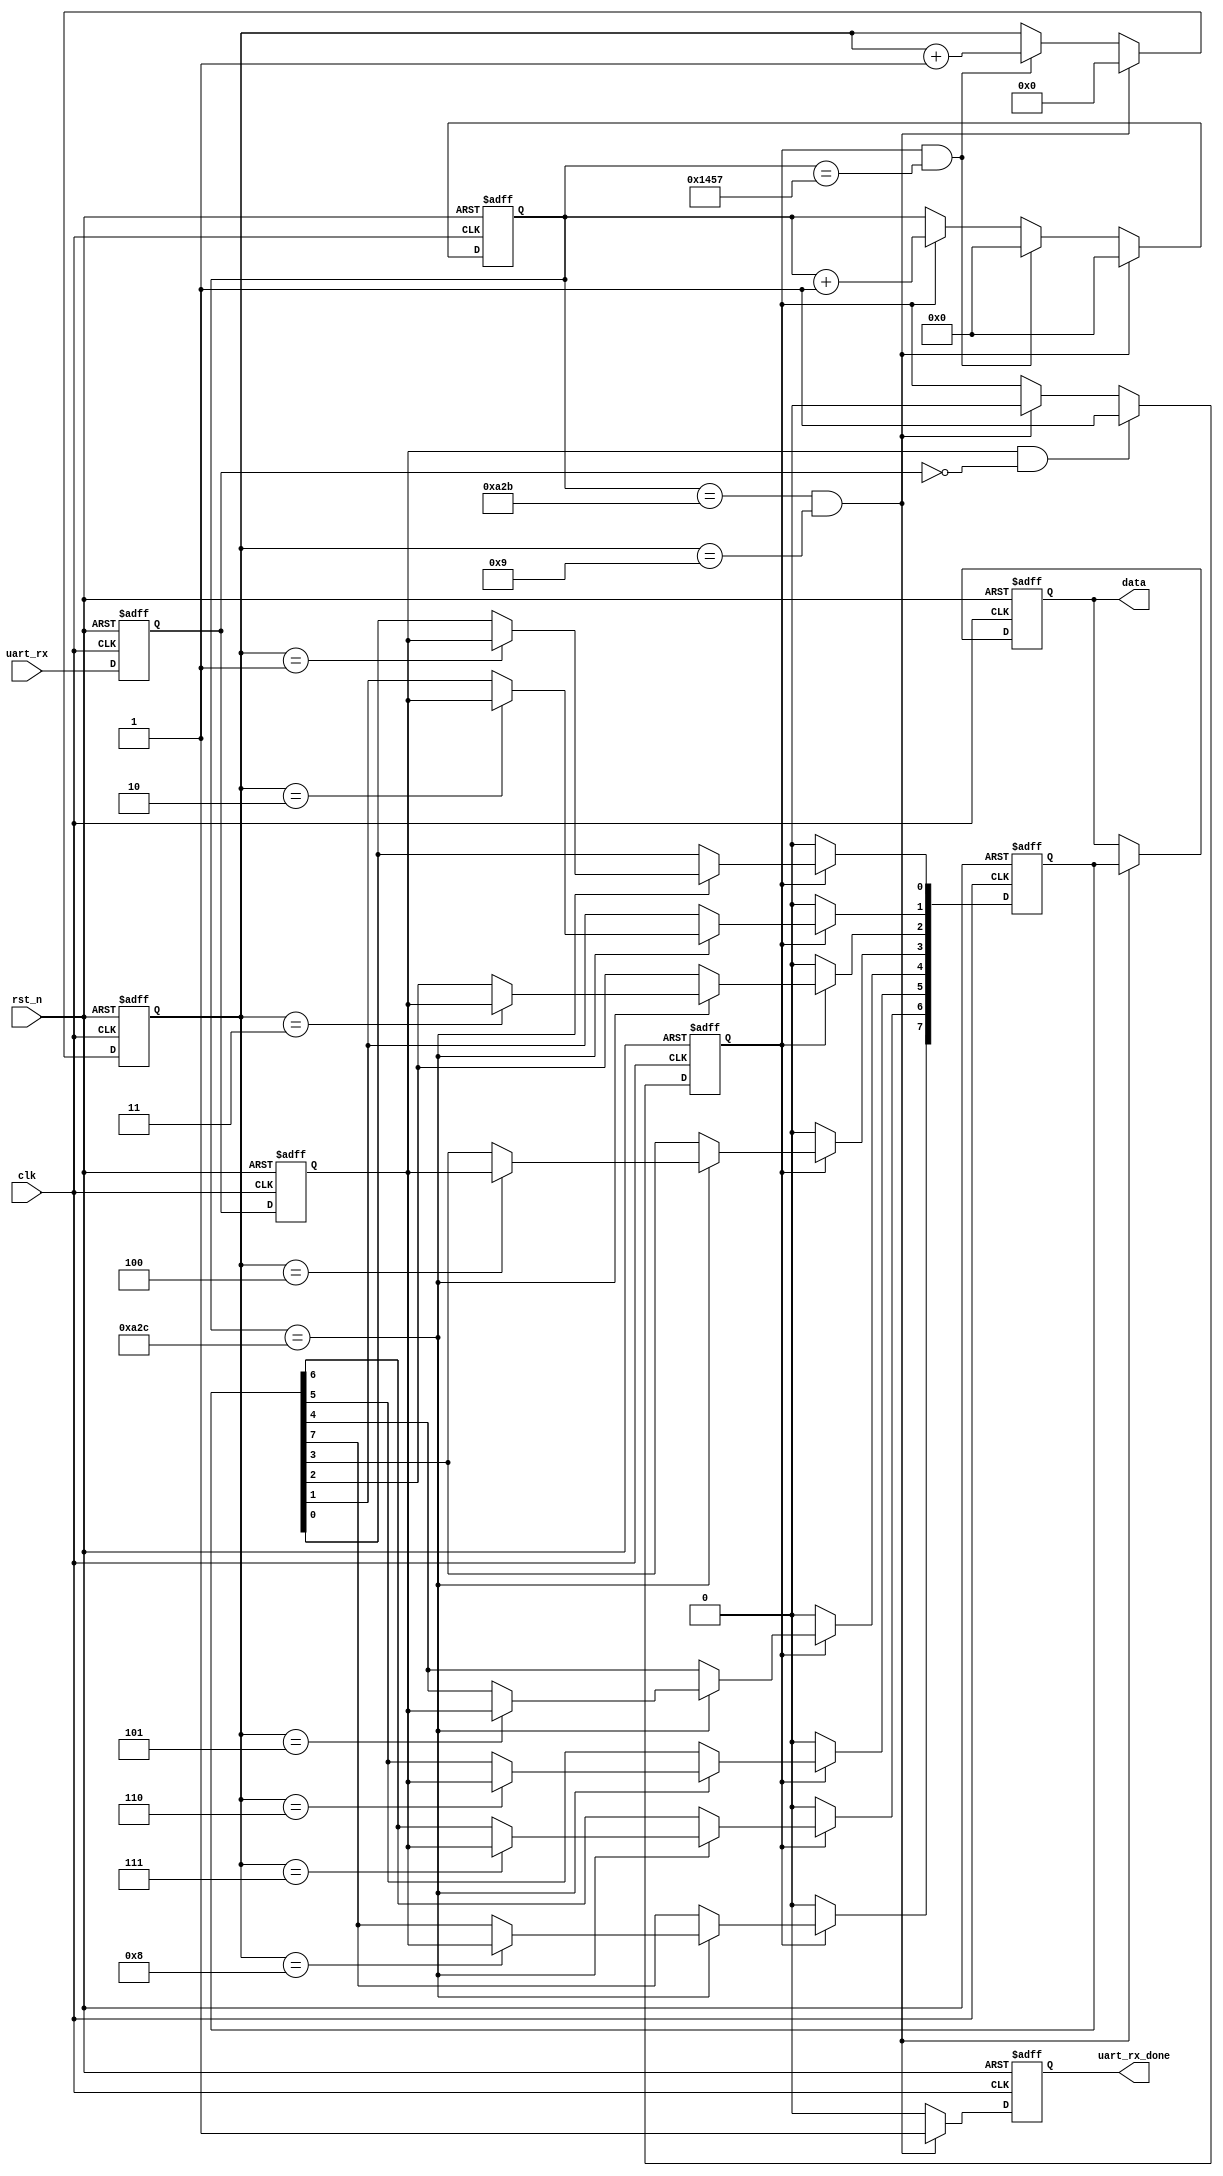
//:9600 8
//time:2019.11.13.22.41
module uart_rx(
 input            clk    ,
 input            rst_n  ,
 input            uart_rx,
 output reg       uart_rx_done,
 output reg	[7:0] data
 );
 
   
parameter  CLK_FREQ = 50000000;                 
parameter  UART_BPS = 9600;      //                
localparam PERIOD   = CLK_FREQ/UART_BPS;        
                                              
 
//
reg [7:0] rx_data; 
 
 
reg       rx1,rx2;
wire      start_bit;
reg       start_flag;
 
 reg   [15:0]   cnt0;
 wire           add_cnt0;
 wire           end_cnt0;
 
 reg   [3:0]    cnt1;
 wire           add_cnt1;
 wire           end_cnt1;
 
 
 // 
assign  start_bit=(rx2)&(~rx1);
always  @(posedge clk or negedge rst_n)begin
    if(rst_n==1'b0)begin
         rx1<=1'b0;
         rx2<=1'b0; 
    end
    else begin
         rx1<=uart_rx;
         rx2<=rx1;
    end
end
//
always  @(posedge clk or negedge rst_n)begin
    if(rst_n==1'b0)begin
        start_flag<=0;
    end
    else if(start_bit) begin
        start_flag<=1;
    end
    else if(end_cnt1) begin
        start_flag<=0;
    end
end
 
always @(posedge clk or negedge rst_n)begin
    if(!rst_n)begin
        cnt0 <= 0;
    end
	 else if(end_cnt1) begin
	     cnt0 <= 0;
	 end
	 else if(end_cnt0) begin
	     cnt0 <= 0;
	 end
    else if(add_cnt0)begin
        cnt0 <= cnt0 + 1;
    end
end
assign add_cnt0 = start_flag;       
assign end_cnt0 = add_cnt0 && cnt0==PERIOD-1;
 
 
always @(posedge clk or negedge rst_n)begin
    if(!rst_n)begin
        cnt1 <= 0;
    end
	 else if(end_cnt1) begin
	     cnt1 <= 0;
	 end
    else if(add_cnt1)begin
        cnt1 <= cnt1 + 1;
    end
end
 
assign add_cnt1 = end_cnt0 ;    
assign end_cnt1 = (cnt0==((PERIOD-1)/2))&& (cnt1==10-1) ;  
 
//
always  @(posedge clk or negedge rst_n)begin
      if(rst_n==1'b0)begin
         rx_data<=8'd0;
      end
      else if(start_flag) begin
		  if(cnt0== PERIOD/2)begin
           case(cnt1)
            4'd1:rx_data[0]<=rx2;
            4'd2:rx_data[1]<=rx2;
            4'd3:rx_data[2]<=rx2;
            4'd4:rx_data[3]<=rx2;
            4'd5:rx_data[4]<=rx2;
            4'd6:rx_data[5]<=rx2;
            4'd7:rx_data[6]<=rx2;
            4'd8:rx_data[7]<=rx2;
		    default:rx_data<=rx_data;   
          endcase
        end
        else begin
            rx_data<=rx_data;
        end
     end
     else begin
         rx_data<=8'd0;
     end   
  end 
  //
 always  @(posedge clk or negedge rst_n)begin
      if(rst_n==1'b0)begin
           data<=0;
      end
      else if(end_cnt1)begin
          data<=rx_data;
      end  
  end
  
  //
 always  @(posedge clk or negedge rst_n)begin
     if(rst_n==1'b0)begin
         uart_rx_done<=0;
     end
     else if(end_cnt1)begin
         uart_rx_done<=1;
     end
     else begin
        uart_rx_done<=0;
     end
 end
endmodule